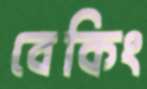
বেকিং